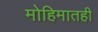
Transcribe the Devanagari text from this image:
मोहिमातही